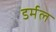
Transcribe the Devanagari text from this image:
डर्मल